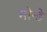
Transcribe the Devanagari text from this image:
मोन्डे